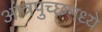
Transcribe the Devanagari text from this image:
आंत्रपुच्छमध्ये